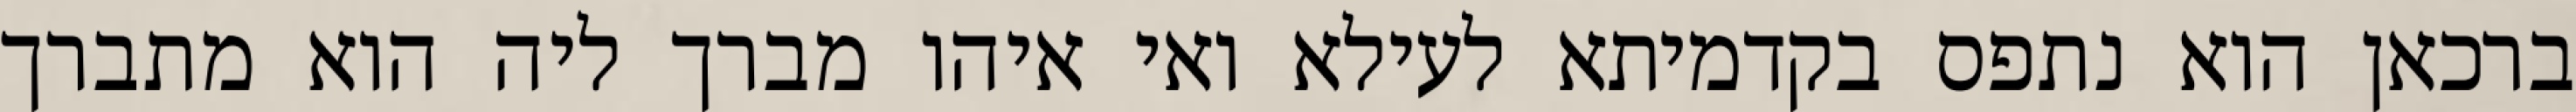
ברכאן הוא נתפס בקדמיתא לעילא ואי איהו מברך ליה הוא מתברך